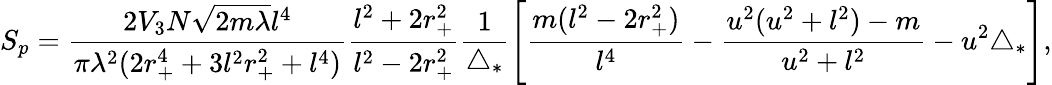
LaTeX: S_{p}=\frac{2V_{3}N\sqrt{2m\lambda}l^{4}}{\pi\lambda^{2}(2r_{+}^{4}+3l^{2}r_{+}^{2}+l^{4})}\frac{l^{2}+2r_{+}^{2}}{l^{2}-2r_{+}^{2}}\frac{1}{\triangle_{*}}\left[\frac{m(l^{2}-2r_{+}^{2})}{l^{4}}-\frac{u^{2}(u^{2}+l^{2})-m}{u^{2}+l^{2}}-u^{2}\triangle_{*}\right],